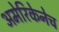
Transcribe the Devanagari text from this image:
अमेरिकेनेच